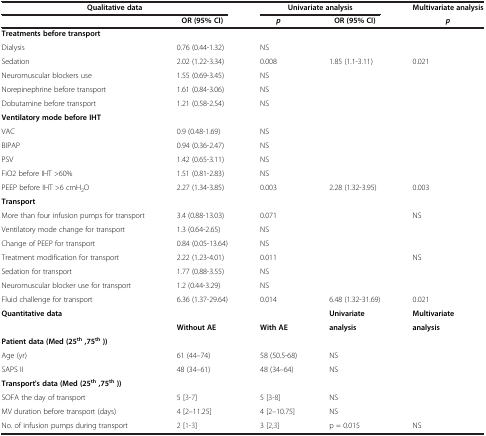
<table><thead><tr><td colspan="2"><b>Qualitative data</b></td><td colspan="2"><b>Univariate analysis</b></td><td><b>Multivariate analysis</b></td></tr><tr><td><b> </b></td><td><b>OR (95% CI)</b></td><td><b><i>p</i></b></td><td><b>OR (95% CI)</b></td><td><b><i>p</i></b></td></tr></thead><tbody><tr><td><b>Treatments before transport</b></td><td> </td><td> </td><td> </td><td> </td></tr><tr><td>Dialysis</td><td>0.76 (0.44-1.32)</td><td>NS</td><td> </td><td> </td></tr><tr><td>Sedation</td><td>2.02 (1.22-3.34)</td><td>0.008</td><td>1.85 (1.1-3.11)</td><td>0.021</td></tr><tr><td>Neuromuscular blockers use</td><td>1.55 (0.69-3.45)</td><td>NS</td><td> </td><td> </td></tr><tr><td>Norepinephrine before transport</td><td>1.61 (0.84-3.06)</td><td>NS</td><td> </td><td> </td></tr><tr><td>Dobutamine before transport</td><td>1.21 (0.58-2.54)</td><td>NS</td><td> </td><td> </td></tr><tr><td><b>Ventilatory mode before IHT</b></td><td> </td><td> </td><td> </td><td> </td></tr><tr><td>VAC</td><td>0.9 (0.48-1.69)</td><td>NS</td><td> </td><td> </td></tr><tr><td>BIPAP</td><td>0.94 (0.36-2.47)</td><td>NS</td><td> </td><td> </td></tr><tr><td>PSV</td><td>1.42 (0.65-3.11)</td><td>NS</td><td> </td><td> </td></tr><tr><td>FiO2 before IHT &gt;60%</td><td>1.51 (0.81-2.83)</td><td>NS</td><td> </td><td> </td></tr><tr><td>PEEP before IHT &gt;6 cmH<sub>2</sub>O</td><td>2.27 (1.34-3.85)</td><td>0.003</td><td>2.28 (1.32-3.95)</td><td>0.003</td></tr><tr><td><b>Transport</b></td><td> </td><td> </td><td> </td><td> </td></tr><tr><td>More than four infusion pumps for transport</td><td>3.4 (0.88-13.03)</td><td>0.071</td><td> </td><td>NS</td></tr><tr><td>Ventilatory mode change for transport</td><td>1.3 (0.64-2.65)</td><td>NS</td><td> </td><td> </td></tr><tr><td>Change of PEEP for transport</td><td>0.84 (0.05-13.64)</td><td>NS</td><td> </td><td> </td></tr><tr><td>Treatment modification for transport</td><td>2.22 (1.23-4.01)</td><td>0.011</td><td> </td><td>NS</td></tr><tr><td>Sedation for transport</td><td>1.77 (0.88-3.55)</td><td>NS</td><td> </td><td> </td></tr><tr><td>Neuromuscular blocker use for transport</td><td>1.2 (0.44-3.29)</td><td>NS</td><td> </td><td> </td></tr><tr><td>Fluid challenge for transport</td><td>6.36 (1.37-29.64)</td><td>0.014</td><td>6.48 (1.32-31.69)</td><td>0.021</td></tr><tr><td><b>Quantitative data</b></td><td> </td><td> </td><td><b>Univariate</b></td><td><b>Multivariate</b></td></tr><tr><td> </td><td><b>Without AE</b></td><td><b>With AE</b></td><td><b>analysis</b></td><td><b>analysis</b></td></tr><tr><td><b>Patient data (Med (25</b><sup><b>th </b></sup><b>,75</b><sup><b>th </b></sup><b>))</b></td><td> </td><td> </td><td> </td><td> </td></tr><tr><td>Age (yr)</td><td>61 (44–74)</td><td>58 (50.5-68)</td><td>NS</td><td> </td></tr><tr><td>SAPS II</td><td>48 (34–61)</td><td>48 (34–64)</td><td>NS</td><td> </td></tr><tr><td><b>Transport&#x27;s data (Med (25</b><sup><b>th </b></sup><b>,75</b><sup><b>th </b></sup><b>))</b></td><td> </td><td> </td><td> </td><td> </td></tr><tr><td>SOFA the day of transport</td><td>5 [3-7]</td><td>5 [3-8]</td><td>NS</td><td> </td></tr><tr><td>MV duration before transport (days)</td><td>4 [2–11.25]</td><td>4 [2–10.75]</td><td>NS</td><td> </td></tr><tr><td>No. of infusion pumps during transport</td><td>2 [1-3]</td><td>3 [2,3]</td><td>p = 0.015</td><td>NS</td></tr></tbody></table>